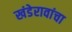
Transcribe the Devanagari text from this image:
खंडेरावांचा